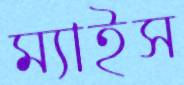
ম্যাইস